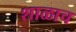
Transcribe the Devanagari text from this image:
शाळाच